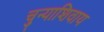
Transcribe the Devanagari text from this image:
चुन्याशिवाय